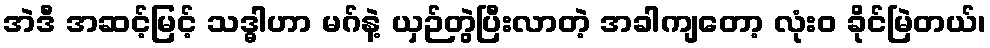
အဲဒီ အဆင့်မြင့် သဒ္ဓါဟာ မဂ်နဲ့ ယှဉ်တွဲပြီးလာတဲ့ အခါကျတော့ လုံးဝ ခိုင်မြဲတယ်၊